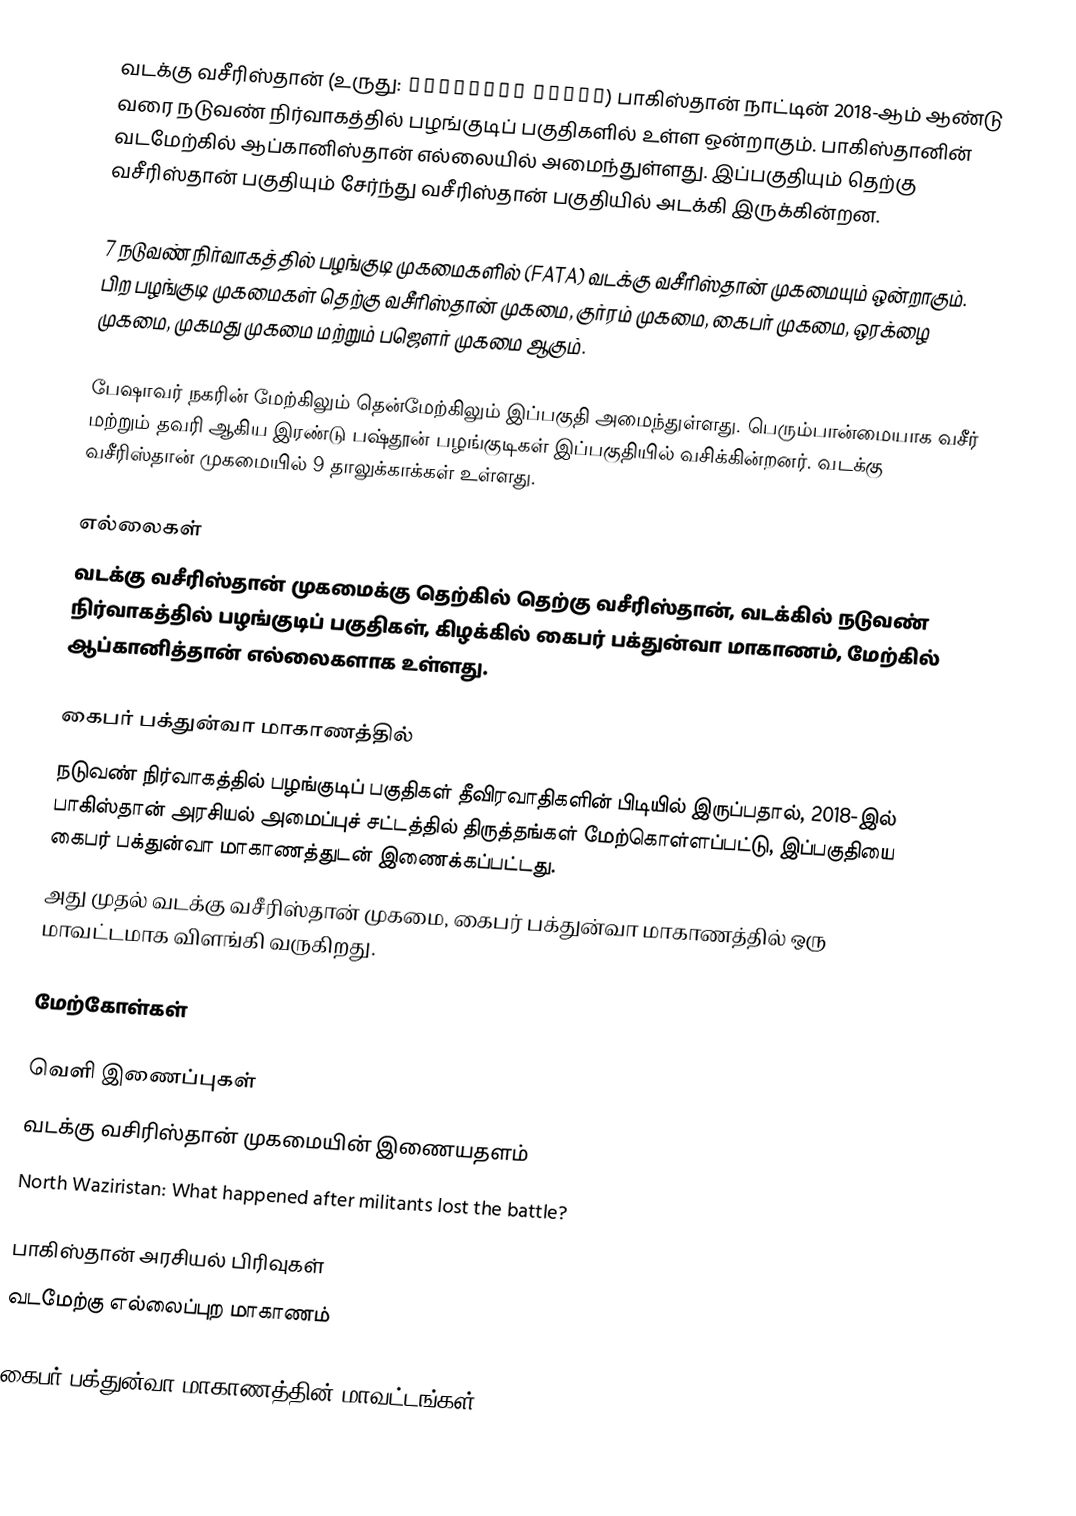
வடக்கு வசீரிஸ்தான் (உருது: شمالی وزیرستان) பாகிஸ்தான் நாட்டின் 2018-ஆம் ஆண்டு வரை நடுவண் நிர்வாகத்தில் பழங்குடிப் பகுதிகளில் உள்ள  ஒன்றாகும். பாகிஸ்தானின் வடமேற்கில் ஆப்கானிஸ்தான் எல்லையில் அமைந்துள்ளது. இப்பகுதியும் தெற்கு வசீரிஸ்தான் பகுதியும் சேர்ந்து வசீரிஸ்தான் பகுதியில் அடக்கி இருக்கின்றன.

7 நடுவண் நிர்வாகத்தில் பழங்குடி முகமைகளில் (FATA) வடக்கு வசீரிஸ்தான் முகமையும் ஒன்றாகும். பிற பழங்குடி முகமைகள் தெற்கு வசீரிஸ்தான் முகமை, குர்ரம் முகமை, கைபர் முகமை, ஒரக்ழை முகமை, முகமது முகமை மற்றும் பஜௌர் முகமை ஆகும்.

பேஷாவர் நகரின் மேற்கிலும் தென்மேற்கிலும் இப்பகுதி அமைந்துள்ளது. பெரும்பான்மையாக வசீர் மற்றும் தவரி ஆகிய இரண்டு பஷ்தூன் பழங்குடிகள் இப்பகுதியில் வசிக்கின்றனர். வடக்கு வசீரிஸ்தான் முகமையில் 9 தாலுக்காக்கள் உள்ளது.

எல்லைகள்
வடக்கு வசீரிஸ்தான் முகமைக்கு தெற்கில் தெற்கு வசீரிஸ்தான், வடக்கில் நடுவண் நிர்வாகத்தில் பழங்குடிப் பகுதிகள், கிழக்கில் கைபர் பக்துன்வா மாகாணம், மேற்கில் ஆப்கானித்தான் எல்லைகளாக உள்ளது.

கைபர் பக்துன்வா மாகாணத்தில்
நடுவண் நிர்வாகத்தில் பழங்குடிப் பகுதிகள்  தீவிரவாதிகளின் பிடியில் இருப்பதால், 2018-இல் பாகிஸ்தான் அரசியல் அமைப்புச் சட்டத்தில் திருத்தங்கள் மேற்கொள்ளப்பட்டு, இப்பகுதியை கைபர் பக்துன்வா மாகாணத்துடன்  இணைக்கப்பட்டது.
அது முதல் வடக்கு வசீரிஸ்தான் முகமை, கைபர் பக்துன்வா மாகாணத்தில் ஒரு மாவட்டமாக விளங்கி வருகிறது.

மேற்கோள்கள்

வெளி இணைப்புகள்
வடக்கு வசிரிஸ்தான் முகமையின் இணையதளம்
North Waziristan: What happened after militants lost the battle?

பாகிஸ்தான் அரசியல் பிரிவுகள்
வடமேற்கு எல்லைப்புற மாகாணம்

கைபர் பக்துன்வா மாகாணத்தின் மாவட்டங்கள்